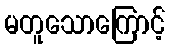
မတူသောကြောင့်